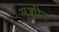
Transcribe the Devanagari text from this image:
मुशीर